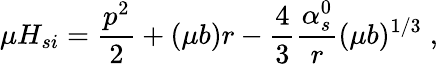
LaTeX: \mu H_{si}={\frac{p^{2}}{2}}+(\mu b)r-{\frac{4}{3}}{\frac{\alpha_{s}^{0}}{r}}(\mu b)^{1/3}\; ,